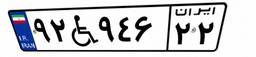
۹۲W۹۴۶۲۲